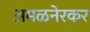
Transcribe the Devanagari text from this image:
अमळनेरकर